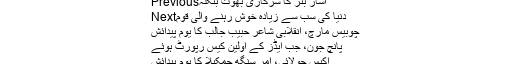
Previousاشار بنڑ کا سرکاری بھوت بنگلہ
Nextدنیا کی سب سے زیادہ خوش رہنے والی قوم
چوبیس مارچ، انقلابی شاعر حبیب جالبؔ کا یومِ پیدائش
پانچ جون، جب ایڈز کے اولین کیس رپورٹ ہوئے
اکیس جولائی، امر سنگھ چمکیلا کا یومِ پیدائش